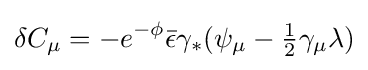
\delta C_{\mu }=-e^{-\phi }{\bar {\epsilon }}\gamma _{*}(\psi _{\mu }-{\tfrac {1}{2}}\gamma _{\mu }\lambda )